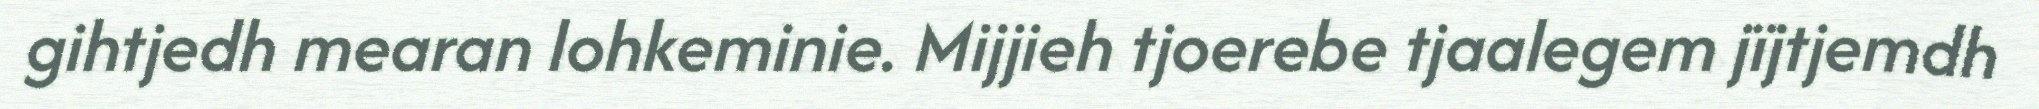
gihtjedh mearan lohkeminie. Mijjieh tjoerebe tjaalegem jïjtjemdh